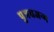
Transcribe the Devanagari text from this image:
पुत्रचजन्म